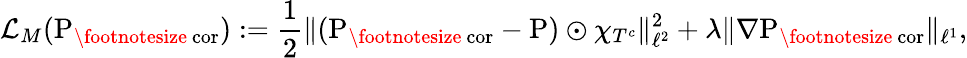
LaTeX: \mathcal L_{M}(\mathrm{\mathrm{P}}_{\mathrm{\footnotesize~cor}}):=\frac{1}{2}\| (\mathrm{\mathrm{P}}_{\mathrm{\footnotesize~cor}}-\mathrm{\mathrm{P}})\odot\chi_{T^{c}}\| _{\ell^{2}}^{2}+\lambda\| \nabla\mathrm{\mathrm{P}}_{\mathrm{\footnotesize~cor}}\| _{\ell^{1}},